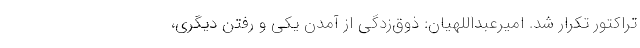
تراکتور تکرار شد. امیرعبداللهیان: ذوق‌زدگی از آمدن یکی و رفتن دیگری،